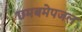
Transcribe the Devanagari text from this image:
छमबमेपजल